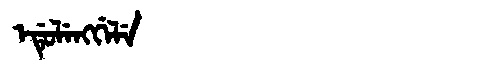
Manchu: ᡝᡩᡠᠯᡝᠩᡤᡝᠯᡝ
Romanization: EDULENGGELE